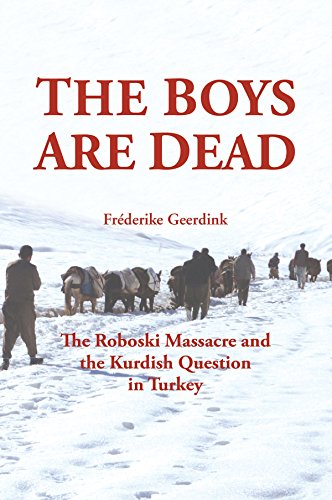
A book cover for The Boys are Dead: The Roboski Massacre and the Kurdish Question in Turkey; FrÃ©derike Geerdink; History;